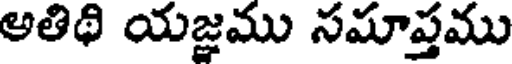
అతిథి యజ్ఞము సమాప్తము